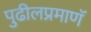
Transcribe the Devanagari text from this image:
पुढीलप्रमाणॅ